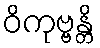
ဝိကုဗ္ဗန္တိ